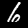
Digit: 6